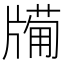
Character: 𤗩